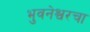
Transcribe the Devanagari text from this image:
भुवनेश्वरचा